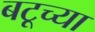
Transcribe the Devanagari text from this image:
बटूच्या